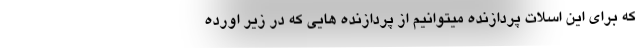
که برای این اسلات پردازنده میتوانیم از پردازنده هایی که در زیر اورده